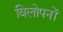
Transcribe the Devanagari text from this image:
विलोपनों